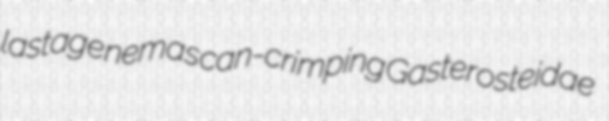
lastage nemas can-crimping Gasterosteidae